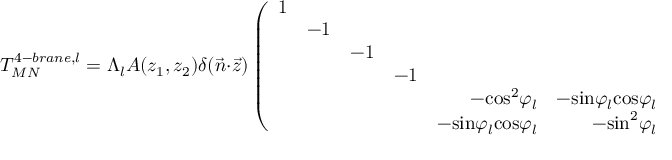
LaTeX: T _ { M N } ^ { 4 - b r a n e , l } = \Lambda _ { l } A ( z _ { 1 } , z _ { 2 } ) \delta ( \vec { n } \cdot \vec { z } ) \left( \begin{array} { r r r r r r } { { 1 } } & { { } } & { { } } & { { } } & { { } } & { { } } \\ { { } } & { { - 1 } } & { { } } & { { } } & { { } } & { { } } \\ { { } } & { { } } & { { - 1 } } & { { } } & { { } } & { { } } \\ { { } } & { { } } & { { } } & { { - 1 } } & { { } } & { { } } \\ { { } } & { { } } & { { } } & { { } } & { { - \mathrm { c o s } ^ { 2 } \varphi _ { l } } } & { { - \mathrm { s i n } \varphi _ { l } \mathrm { c o s } \varphi _ { l } } } \\ { { } } & { { } } & { { } } & { { } } & { { - \mathrm { s i n } \varphi _ { l } \mathrm { c o s } \varphi _ { l } } } & { { - \mathrm { s i n } ^ { 2 } \varphi _ { l } } } \end{array} \right) ,